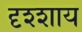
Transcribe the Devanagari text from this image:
दृश्शाय